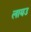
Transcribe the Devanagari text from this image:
लायउ